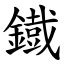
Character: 鐡